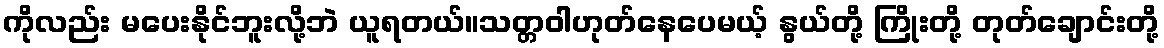
ကိုလည်း မပေးနိုင်ဘူးလို့ဘဲ ယူရတယ်။သတ္တဝါဟုတ်နေပေမယ့် နွယ်တို့ ကြိုးတို့ တုတ်ချောင်းတို့